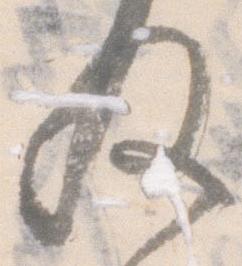
及